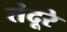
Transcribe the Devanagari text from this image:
तंदूरे